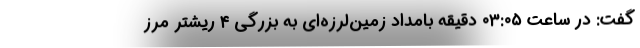
گفت: در ساعت ۰۳:۰۵ دقیقه بامداد زمین‌لرزه‌ای به بزرگی ۴ ریشتر مرز